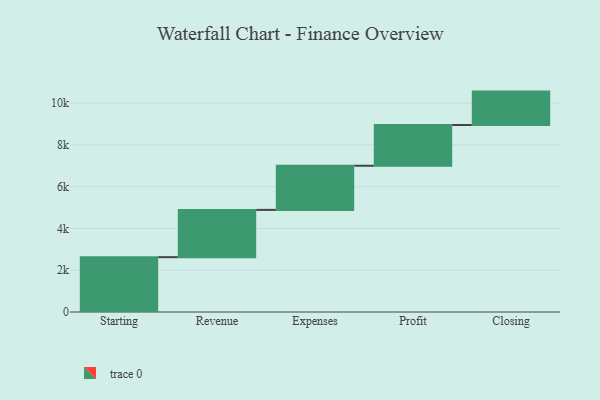
{"axis": {"x": "Step", "y": "Value"}, "legend": [""], "data": [{"x": "Starting", "y": 2624.0, "type": ""}, {"x": "Revenue", "y": 2263.0, "type": ""}, {"x": "Expenses", "y": 2112.0, "type": ""}, {"x": "Profit", "y": 1950.0, "type": ""}, {"x": "Closing", "y": 1599.0, "type": ""}]}